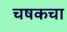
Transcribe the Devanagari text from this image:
चषकचा